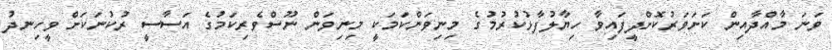
ވަނަ މާއްދާއިން ކަށަވަރުކޮށްދީފައިވާ ހިޔާލުފާޅުކުރުމުގެ މިނިވަންކަމަކީ މިނިވަން ނޫސްވެރިކަމުގެ އަސާސީ ރުކުނަކަށް ވީހިނދު